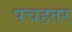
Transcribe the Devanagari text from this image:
पचहतर